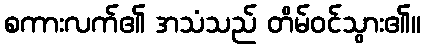
စကားလက်၏ အသံသည် တိမ်ဝင်သွား၏။